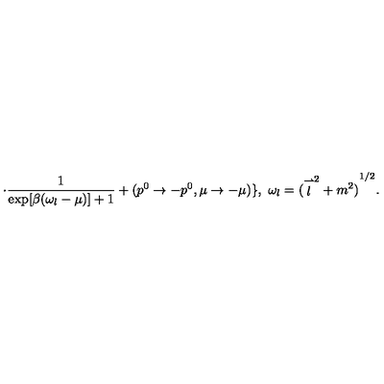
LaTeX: \cdot \frac { 1 } { \exp [ \beta ( \omega _ { l } - \mu ) ] + 1 } + ( p ^ { 0 } \to - p ^ { 0 } , \mu \to - \mu ) \} , \ \omega _ { l } = { ( { \stackrel { \rightharpoonup } { l } } ^ { 2 } + m ^ { 2 } ) } ^ { 1 / 2 } .